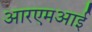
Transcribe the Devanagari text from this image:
आरएमआई